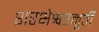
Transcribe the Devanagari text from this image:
शरभेश्वरमूर्ती